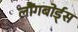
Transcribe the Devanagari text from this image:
लौंगबोर्ड्स